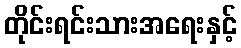
တိုင်းရင်းသားအရေးနှင့်